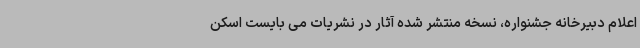
اعلام دبیرخانه جشنواره، نسخه منتشر شده آثار در نشریات می بایست اسکن